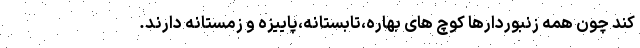
کند چون همه زنبوردارها کوچ های بهاره،تابستانه،پاییزه و زمستانه دارند.